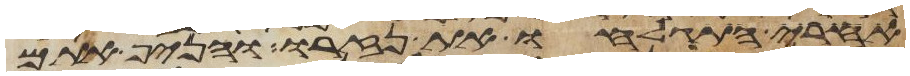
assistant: אחרי התגלח את נזרו והניף אתם